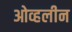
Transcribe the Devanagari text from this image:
ओव्हलीन